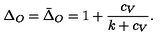
\Delta _ { O } = \bar { \Delta } _ { O } = 1 + { \frac { c _ { V } } { k + c _ { V } } } .